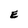
Character: E